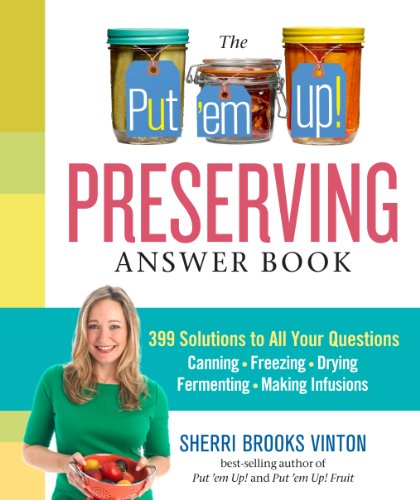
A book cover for The Put 'em Up! Preserving Answer Book: 399 Solutions to All Your Questions: Canning, Freezing, Drying, Fermenting, Making Infusions; Sherri Brooks Vinton; Cookbooks, Food & Wine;